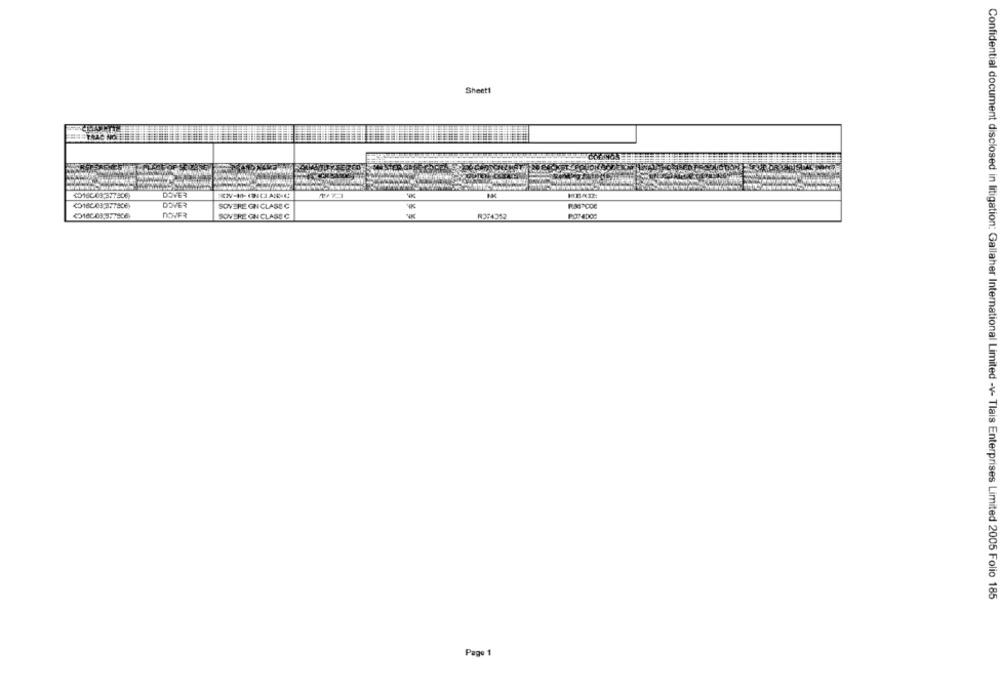
Sheet1
TRAC NOTE
DOVER
<016003377806
DOVER
SOVERE GN CLASS G
DOVER
SOVERE ON CLASE C
R374352
Confidential document disclosed in litigation: Gallaher International Limited -v- Tlais Enterprises Limited 2005 Folio 185
Page 1